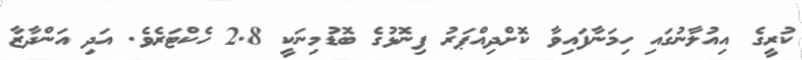
ކުރީގެ އިއުލާނުގައި ހިމަނާފައިވާ ކޮށްދިއްޕަރު ފިނޮޅުގެ ބޮޑުމިނަކީ 2.8 ހެކްޓަރެވެ. އަދި އަންދާޒާ